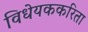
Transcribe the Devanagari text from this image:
विधेयककरिता